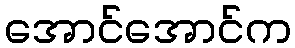
အောင်အောင်က